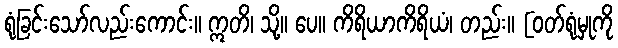
ရုံခြင်းသော်လည်းကောင်း။ ဣတိ၊ သို့။ ပေ။ ကိရိယာကိရိယံ၊ တည်း။ [ဝတ်ရုံမှုကို